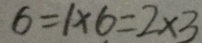
6 = 1 \times 6 = 2 \times 3